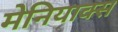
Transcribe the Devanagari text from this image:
मेनियाक्स